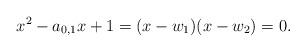
LaTeX: \begin{align*}x^2-a_{0,1}x+1=(x-w_1)(x-w_2)=0.\end{align*}